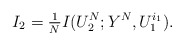
\begin{align*} I_2 = \tfrac1N I(U_2^N;Y^N,U_1^{i_1}).\end{align*}